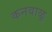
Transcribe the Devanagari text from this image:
कनवाळू